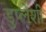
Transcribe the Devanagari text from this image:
डुप्लेशी